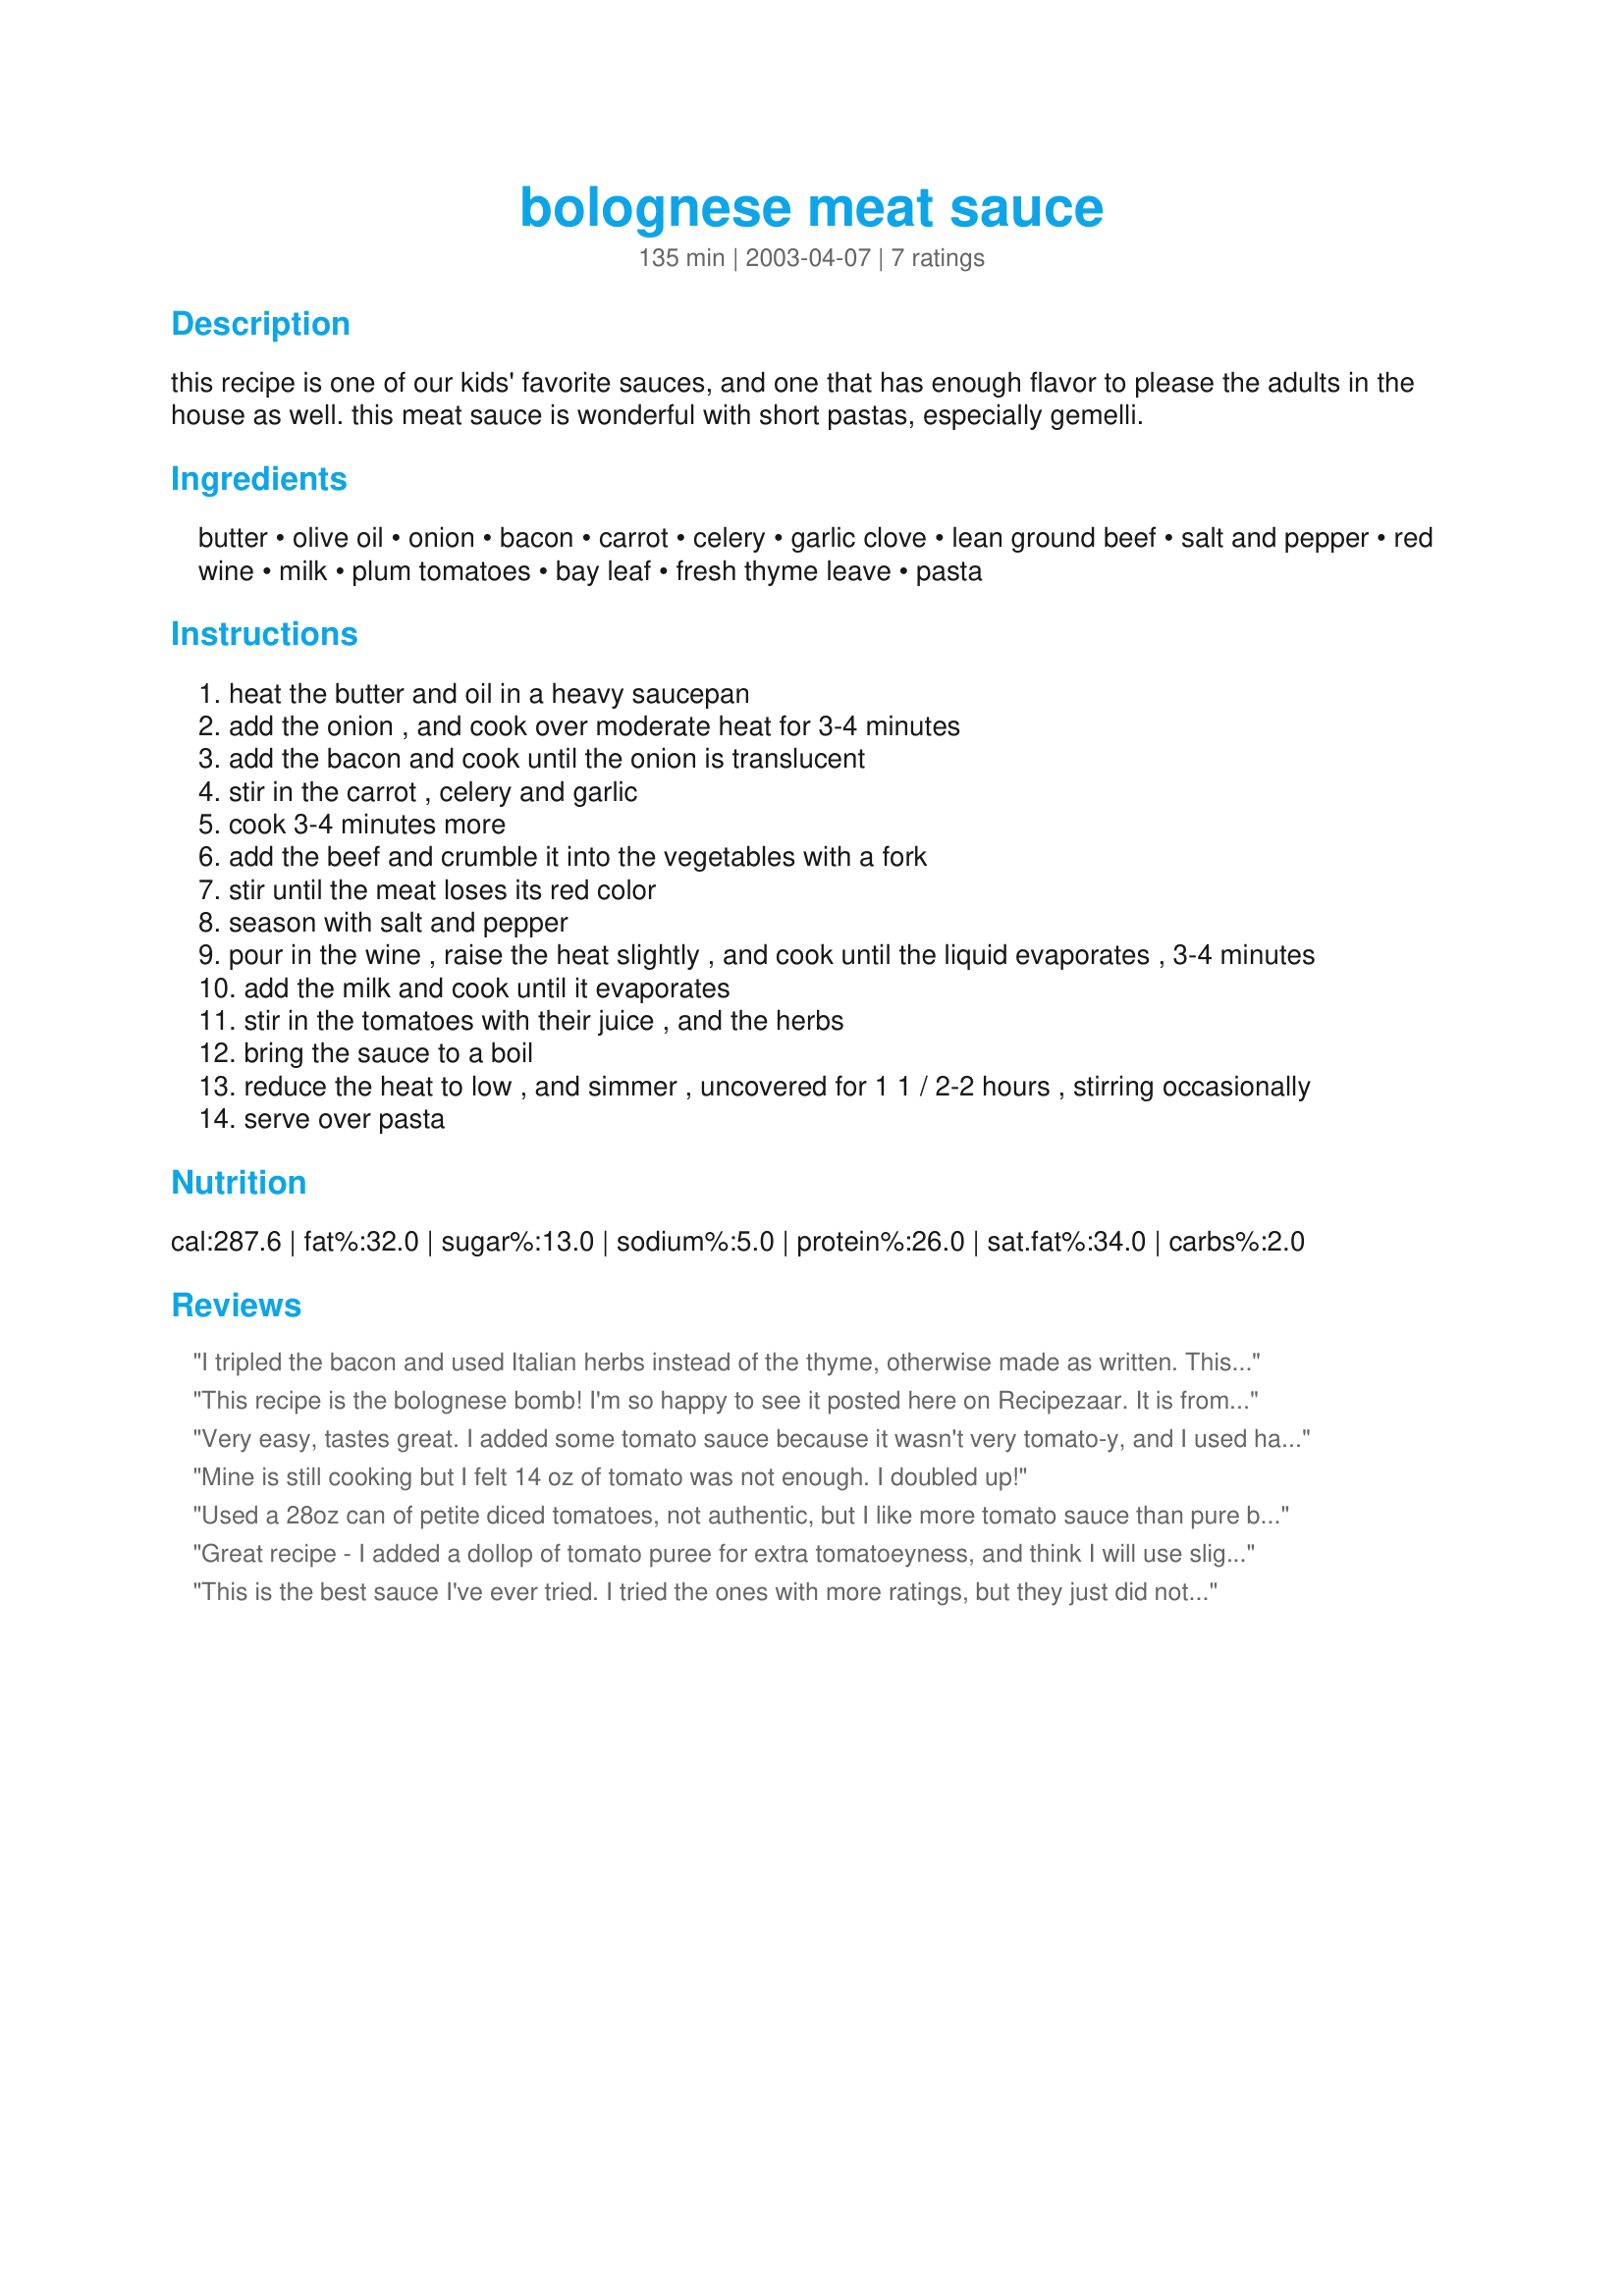
bolognese meat sauce
Preparation time: 135 minutes

this recipe is one of our kids' favorite sauces, and one that has enough flavor to please the adults in the house as well. this meat sauce is wonderful with short pastas, especially gemelli.

Ingredients:
butter, olive oil, onion, bacon, carrot, celery, garlic clove, lean ground beef, salt and pepper, red wine, milk, plum tomatoes, bay leaf, fresh thyme leave, pasta

Steps:
heat the butter and oil in a heavy saucepan
add the onion , and cook over moderate heat for 3-4 minutes
add the bacon and cook until the onion is translucent
stir in the carrot , celery and garlic
cook 3-4 minutes more
add the beef and crumble it into the vegetables with a fork
stir until the meat loses its red color
season with salt and pepper
pour in the wine , raise the heat slightly , and cook until the liquid evaporates , 3-4 minutes
add the milk and cook until it evaporates
stir in the tomatoes with their juice , and the herbs
bring the sauce to a boil
reduce the heat to low , and simmer , uncovered for 1 1 / 2-2 hours , stirring occasionally
serve over pasta

Reviews:
I tripled the bacon and used Italian herbs instead of the thyme, otherwise made as written. This was delicious, thanks for posting!
This recipe is the bolognese bomb! I'm so happy to see it posted here on Recipezaar. It is from a great Italian cookbook I use frequently! I can not say enough about it except it is really delicious. I always make a double batch to freeze for a later date. Great, great recipe... you've got to try it!
Thank you TinaB for posting this recipe!
Very easy, tastes great. I added some tomato sauce because it wasn't very tomato-y, and I used half the oil, which was plenty. Next time, I'll add tomato paste instead of the sauce.
Mine is still cooking but I felt 14 oz of tomato was not enough. I doubled up!
Used a 28oz can of petite diced tomatoes, not authentic, but I like more tomato sauce than pure beef sauce. Used a little bacon fat from breakfast than oil. Very yummy. Thanks for posting.
Great recipe - I added a dollop of tomato puree for extra tomatoeyness, and think I will use slightly less oil/butter next time. Easy to make, and smells heavenly.
This is the best sauce I've ever tried. I tried the ones with more ratings, but they just did not taste italian to me... this one did! I can't eat pork, so I replaced the bacon with a wild mushroom medley (with extra porcini!) so it gave it that smokey taste still. Thanks a million!
